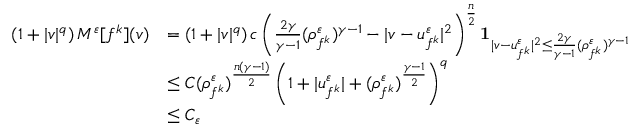
\begin{array} { r l } { \left( 1 + | v | ^ { q } \right) M ^ { \varepsilon } [ f ^ { k } ] ( v ) } & { = \left( 1 + | v | ^ { q } \right) c \left( \frac { 2 \gamma } { \gamma - 1 } ( \rho _ { f ^ { k } } ^ { \varepsilon } ) ^ { \gamma - 1 } - | v - u _ { f ^ { k } } ^ { \varepsilon } | ^ { 2 } \right) ^ { \frac n 2 } \mathbf { 1 } _ { | v - u _ { f ^ { k } } ^ { \varepsilon } | ^ { 2 } \le \frac { 2 \gamma } { \gamma - 1 } ( \rho _ { f ^ { k } } ^ { \varepsilon } ) ^ { \gamma - 1 } } } \\ & { \leq C ( \rho _ { f ^ { k } } ^ { \varepsilon } ) ^ { \frac { n ( \gamma - 1 ) } { 2 } } \left( 1 + | u _ { f ^ { k } } ^ { \varepsilon } | + ( \rho _ { f ^ { k } } ^ { \varepsilon } ) ^ { \frac { \gamma - 1 } { 2 } } \right) ^ { q } } \\ & { \leq C _ { \varepsilon } } \end{array}